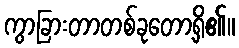
ကွာခြားတာတစ်ခုတော့ရှိ၏။